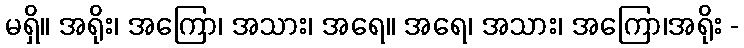
မရှိ။ အရိုး၊ အကြော၊ အသား၊ အရေ။ အရေ၊ အသား၊ အကြော၊အရိုး -